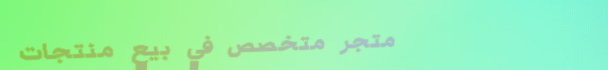
متجر متخصص في بيع منتجات